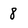
Character: 8